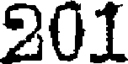
201